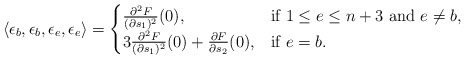
\begin{align*}\langle \epsilon_b,\epsilon_b,\epsilon_e,\epsilon_e\rangle=\begin{cases}\frac{\partial^2 F}{(\partial s_1)^2}(0),& \mbox{if}\ 1\leq e\leq n+3\ \mbox{and}\ e\neq b,\\3\frac{\partial^2 F}{(\partial s_1)^2}(0)+\frac{\partial F}{\partial s_2}(0), & \mbox{if}\ e=b.\end{cases}\end{align*}